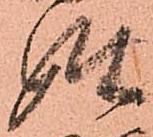
姓